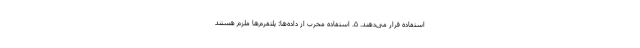
استفاده قرار می‌دهند. ۵. استفاده مخرب از داده‌ها: پلتفرم‌ها ملزم هستند